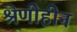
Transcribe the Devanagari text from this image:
श्रेणीहीन